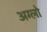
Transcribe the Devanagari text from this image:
अग्लो